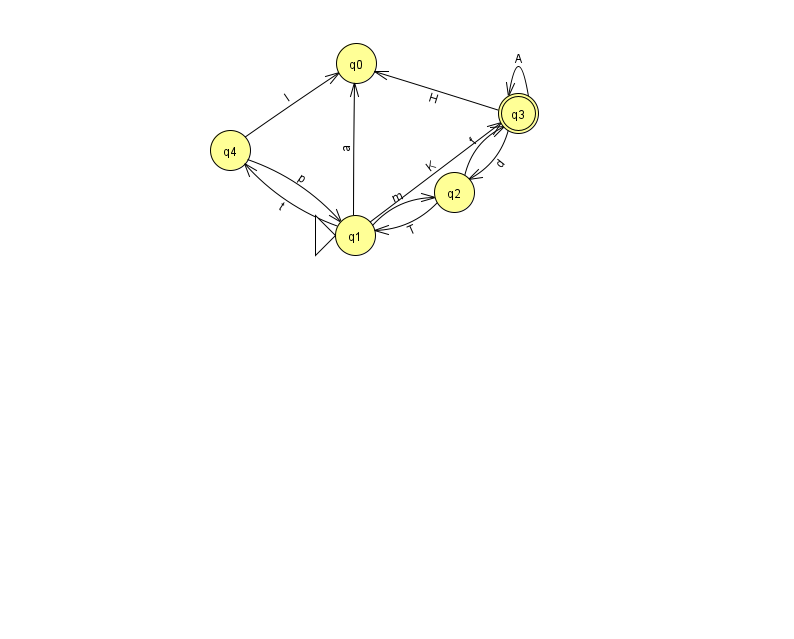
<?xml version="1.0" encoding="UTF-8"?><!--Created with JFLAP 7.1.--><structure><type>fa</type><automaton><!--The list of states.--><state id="0" name="q0"><x>356.0</x><y>50.0</y></state><state id="1" name="q1"><x>355.0</x><y>222.0</y><initial/></state><state id="2" name="q2"><x>454.0</x><y>179.0</y></state><state id="3" name="q3"><x>518.0</x><y>100.0</y><final/></state><state id="4" name="q4"><x>230.0</x><y>137.0</y></state><!--The list of transitions.--><transition><from>4</from><to>1</to><read>p</read></transition><transition><from>3</from><to>3</to><read>A</read></transition><transition><from>1</from><to>0</to><read>a</read></transition><transition><from>1</from><to>4</to><read>t</read></transition><transition><from>1</from><to>2</to><read>m</read></transition><transition><from>3</from><to>0</to><read>H</read></transition><transition><from>1</from><to>3</to><read>K</read></transition><transition><from>4</from><to>0</to><read>I</read></transition><transition><from>3</from><to>2</to><read>d</read></transition><transition><from>2</from><to>1</to><read>T</read></transition><transition><from>2</from><to>3</to><read>f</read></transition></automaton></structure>